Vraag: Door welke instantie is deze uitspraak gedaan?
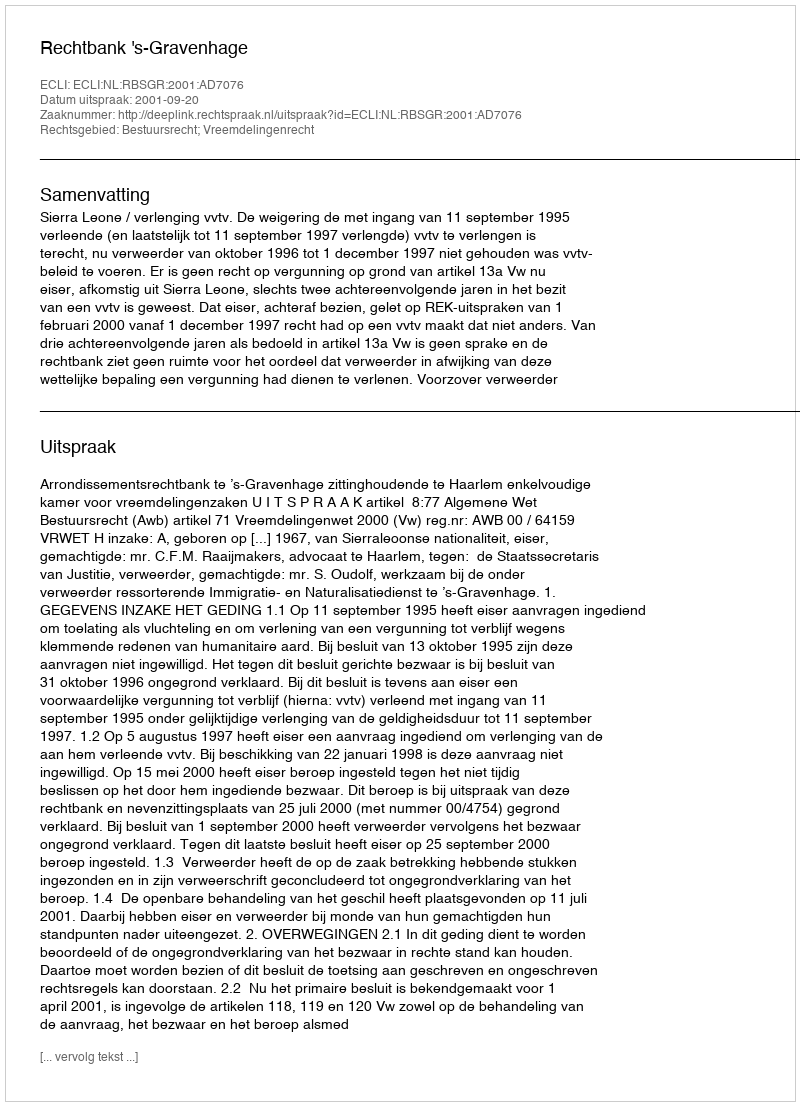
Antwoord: Rechtbank 's-Gravenhage